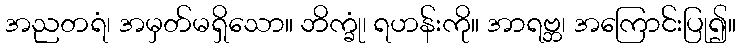
အညတရံ၊ အမှတ်မရှိသော။ ဘိက္ခုံ၊ ရဟန်းကို။ အာရဗ္ဘ၊ အကြောင်းပြု၍။